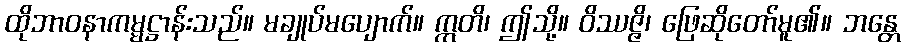
ထိုဘာဝနာကမ္မဋ္ဌာန်းသည်။ မချုပ်မပျောက်။ ဣတိ၊ ဤသို့။ ဝိဿဇ္ဇိ၊ ဖြေဆိုတော်မူ၏။ ဘန္တေ